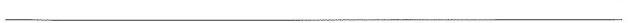
___